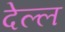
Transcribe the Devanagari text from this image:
देल्ल